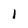
Character: I